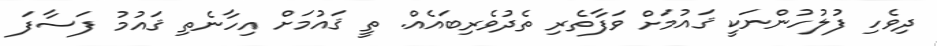
ދިވެހި ފުލުހުންނަކީ ޤައުމަށް ވަފާތެރި ތެދުވެރިބައެއް. ތީ ޤައުމަށް އިހާނެތި ޤައުމު ފަސާފަ